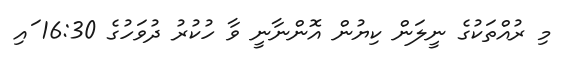
މި ރުއްތަކުގެ ނީލަން ކިޔުން އޮންނާނީ ވާ ހުކުރު ދުވަހުގެ 16:30 ައި